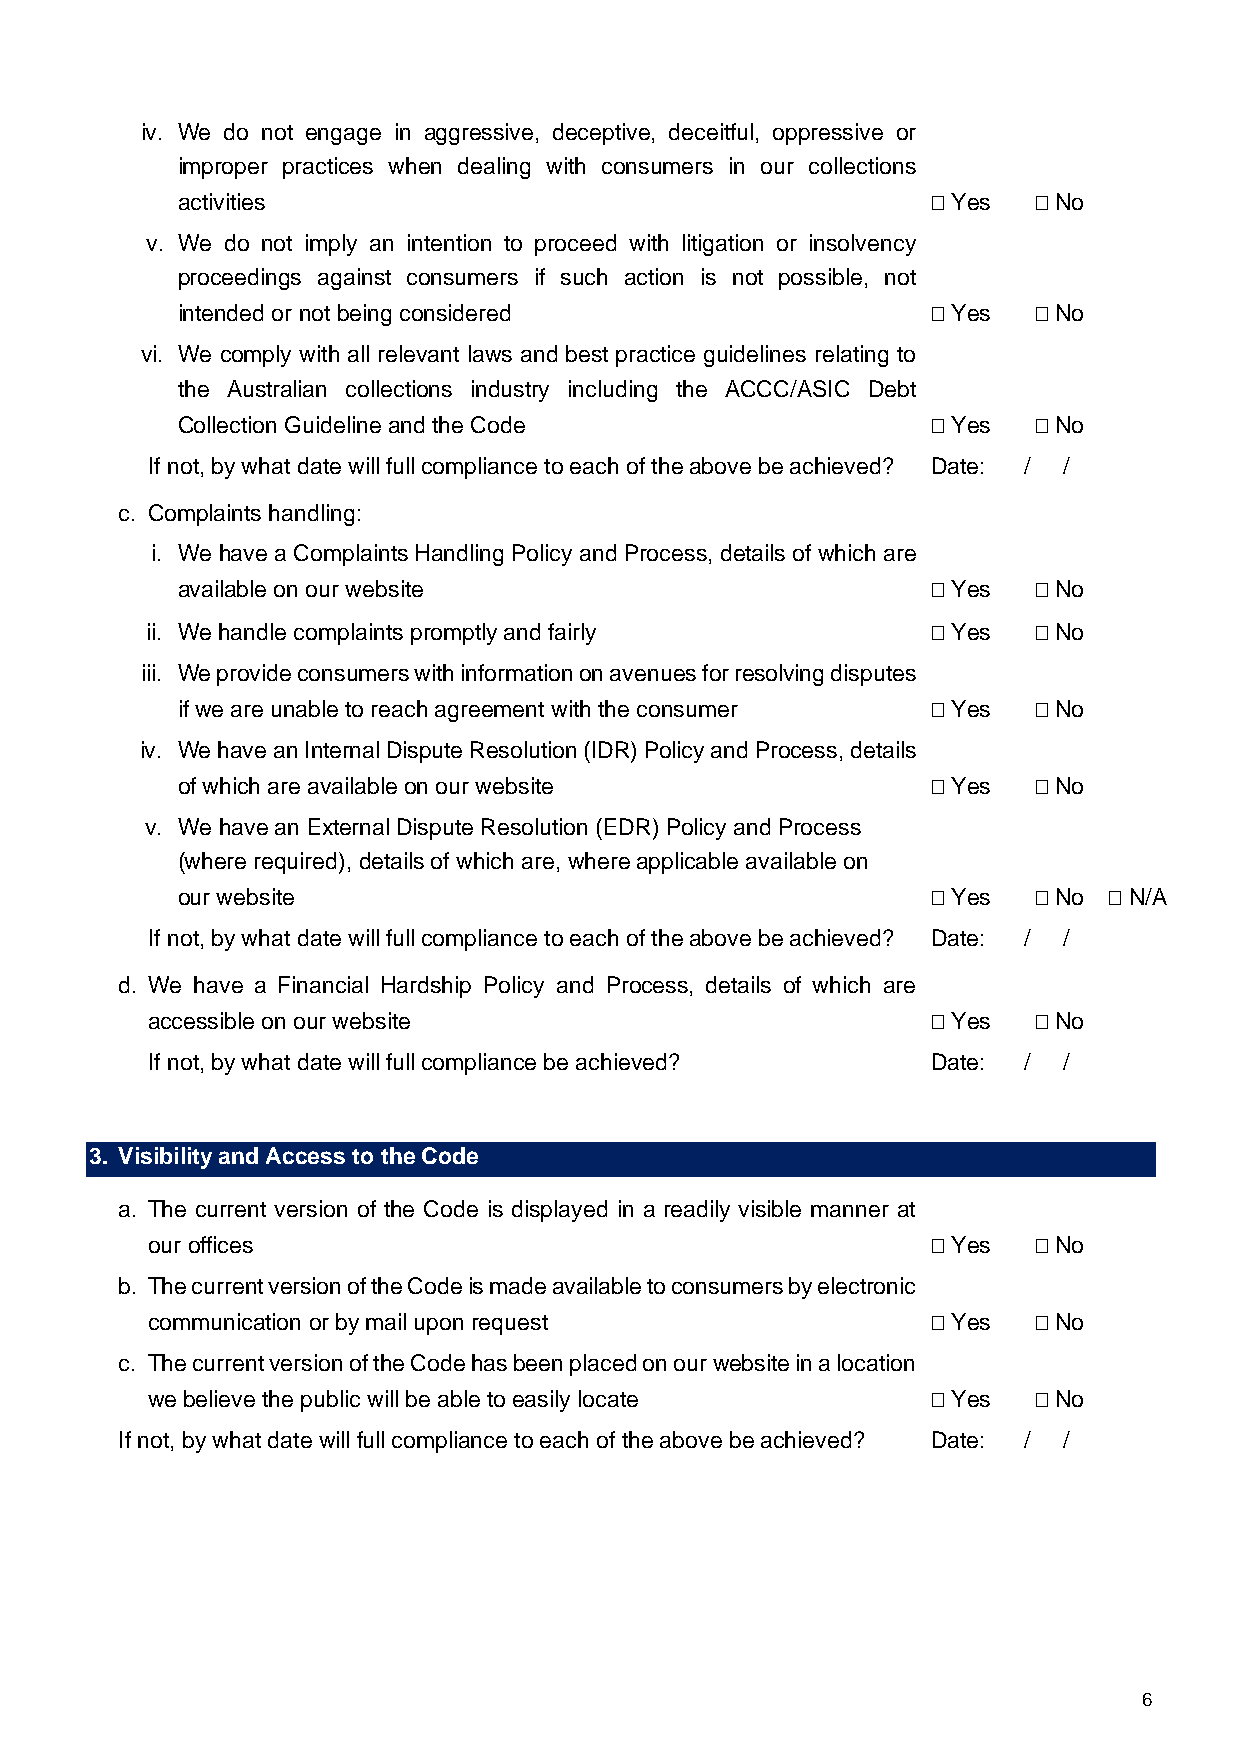
iv. We do not engage in aggressive, deceptive, deceitful, oppressive or
 improper practices when dealing with consumers in our collections
 activities                                         Yes  No
 v. We do not imply an intention to proceed with litigation or insolvency
 proceedings against consumers if such action is not possible, not
 intended or not being considered                   Yes  No
 vi. We comply with all relevant laws and best practice guidelines relating to
 the Australian collections industry including the ACCC/ASIC Debt
 Collection Guideline and the Code                  Yes  No
 If not, by what date will full compliance to each of the above be achieved? Date: / /
 c. Complaints handling:
 i. We have a Complaints Handling Policy and Process, details of which are
 available on our website                           Yes  No
 ii. We handle complaints promptly and fairly         Yes  No
 iii. We provide consumers with information on avenues for resolving disputes
 if we are unable to reach agreement with the consumer  Yes  No
 iv. We have an Internal Dispute Resolution (IDR) Policy and Process, details
 of which are available on our website              Yes  No
 v. We have an External Dispute Resolution (EDR) Policy and Process
 (where required), details of which are, where applicable available on
 our website                                        Yes  No  N/A
 If not, by what date will full compliance to each of the above be achieved? Date: / /
 d. We have a Financial Hardship Policy and Process, details of which are
 accessible on our website                            Yes  No
 If not, by what date will full compliance be achieved? Date: / /
 3. Visibility and Access to the Code
 a. The current version of the Code is displayed in a readily visible manner at
 our offices                                          Yes  No
 b. The current version of the Code is made available to consumers by electronic
 communication or by mail upon request                Yes  No
 c. The current version of the Code has been placed on our website in a location
 we believe the public will be able to easily locate  Yes  No
 If not, by what date will full compliance to each of the above be achieved? Date: / /
 6